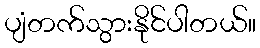
ပျံတက်သွားနိုင်ပါတယ်။